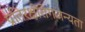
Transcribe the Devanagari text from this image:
प्रतिरक्षीरोगजन्यता